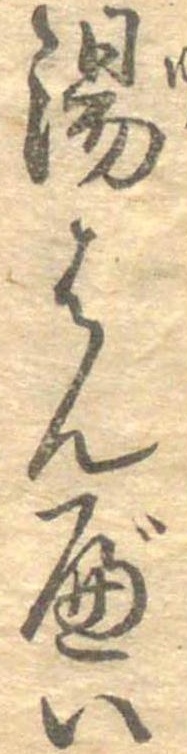
湯はんべい